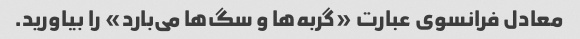
معادل فرانسوی عبارت «گربه‌ها و سگ‌ها می‌بارد» را بیاورید.